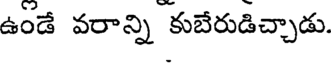
ఉండే వరాన్ని కుబేరుడిచ్చాడు.